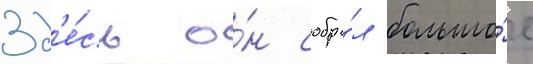
Зд'е́сь о́н собра́л большо́е